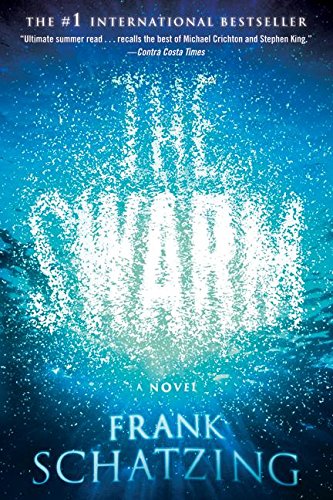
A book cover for The Swarm: A Novel; Frank Schatzing; Mystery, Thriller & Suspense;